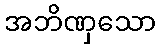
အဘိဏှသော